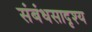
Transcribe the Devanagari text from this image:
संबंधसादृश्य